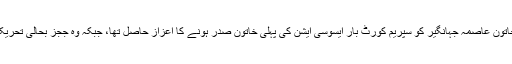
نڈر، باہمت اور بے باک خاتون عاصمہ جہانگیر کو سپریم کورٹ بار ایسوسی ایشن کی پہلی خاتون صدر ہونے کا اعزاز حاصل تھا، جبکہ وہ ججز بحالی تحریک میں بھی پیش پیش رہیں۔